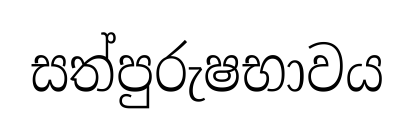
සත්පුරුෂභාවය